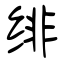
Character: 绯